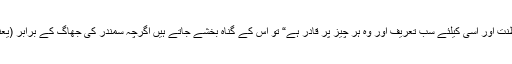
اسی کی ہے سلطنت اور اسی کیلئے سب تعریف اور وہ ہر چیز پر قادر ہے“ تو اس کے گناہ بخشے جاتے ہیں اگرچہ سمندر کی جھاگ کے برابر (یعنی بے حد) ہوں۔